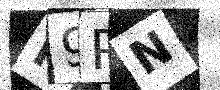
Text: N9PN